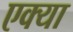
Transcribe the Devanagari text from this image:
एक्या